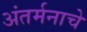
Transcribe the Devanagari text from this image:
अंतर्मनाचे